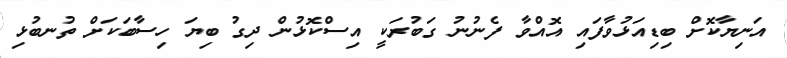
އަނިޔާކޮށް ބިޑިއަޅުވާފައި އޮއްވާ ފެނުނު ގަބުރަކީ އިސްކޮޅުން ދިގު ބިޔަ ހިސާބަކަށް ތުނބުޅި